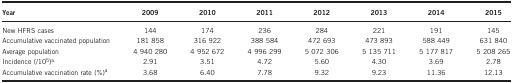
<table><thead><tr><td><b>Year</b></td><td><b>2009</b></td><td><b>2010</b></td><td><b>2011</b></td><td><b>2012</b></td><td><b>2013</b></td><td><b>2014</b></td><td><b>2015</b></td></tr></thead><tbody><tr><td>New HFRS cases</td><td>144</td><td>174</td><td>236</td><td>284</td><td>221</td><td>191</td><td>145</td></tr><tr><td>Accumulative vaccinated population</td><td>181 858</td><td>316 922</td><td>388 584</td><td>472 693</td><td>473 893</td><td>588 449</td><td>631 840</td></tr><tr><td>Average population</td><td>4 940 280</td><td>4 952 672</td><td>4 996 299</td><td>5 072 306</td><td>5 135 711</td><td>5 177 817</td><td>5 208 265</td></tr><tr><td>Incidence (/10<sup>5</sup>)a</td><td>2.91</td><td>3.51</td><td>4.72</td><td>5.60</td><td>4.30</td><td>3.69</td><td>2.78</td></tr><tr><td>Accumulative vaccination rate (%)a</td><td>3.68</td><td>6.40</td><td>7.78</td><td>9.32</td><td>9.23</td><td>11.36</td><td>12.13</td></tr></tbody></table>